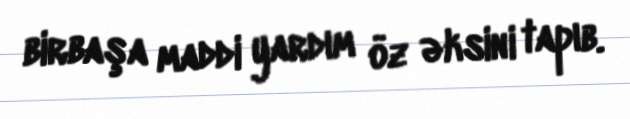
birbaşa maddi yardım öz əksini tapıb.